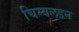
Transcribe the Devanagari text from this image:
चिम्बलडन